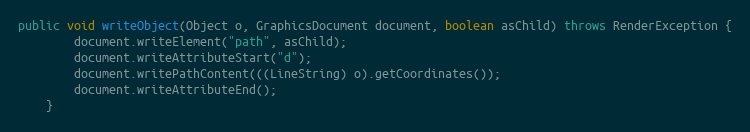
Language: Java
public void writeObject(Object o, GraphicsDocument document, boolean asChild) throws RenderException {
		document.writeElement("path", asChild);
		document.writeAttributeStart("d");
		document.writePathContent(((LineString) o).getCoordinates());
		document.writeAttributeEnd();
	}